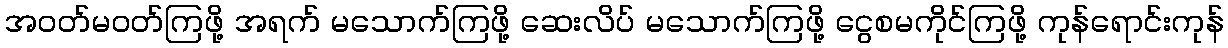
အဝတ်မဝတ်ကြဖို့ အရက် မသောက်ကြဖို့ ဆေးလိပ် မသောက်ကြဖို့ ငွေစမကိုင်ကြဖို့ ကုန်ရောင်းကုန်